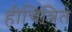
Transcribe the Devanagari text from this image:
हीचित्रित